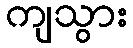
ကျသွား